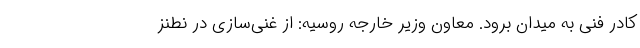
کادر فنی به میدان برود. معاون وزیر خارجه روسیه: از غنی‌سازی در نطنز